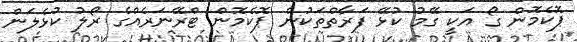
ޕޮކެމޮން ގޯ އަކީ ގޭމު ކުޅޭ ފަރާތްތަކުން ޕޮކެމޮން ޓްރޭނަރެއްގެ ރޯލު ކުޅެލަން